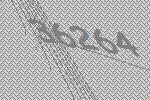
36264